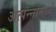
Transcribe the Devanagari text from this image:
अत्‍पन्‍नामध्‍ये